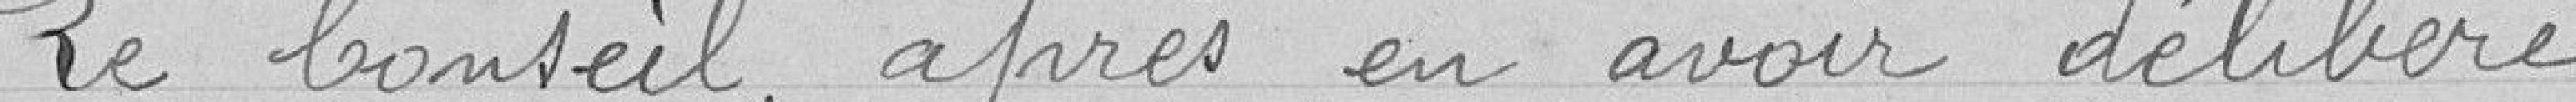
Le Conseil, après en avoir délibéré